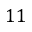
1 1